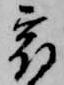
宿